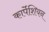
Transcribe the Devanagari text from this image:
कार्पेशियन